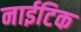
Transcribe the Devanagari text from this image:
नाईटिक